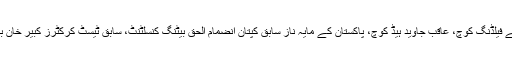
تفصیلات کے مطابق عتیق زمان پی ایس ایل کے تیسرے ایڈیشن میں لاہور قلندرز کے فیلڈنگ کوچ، عاقب جاوید ہیڈ کوچ، پاکستان کے مایہ ناز سابق کپتان انضمام الحق بیٹنگ کنسلٹنٹ، سابق ٹیسٹ کرکٹرز کبیر خان باﺅلنگ کوچ اور نیوزی لینڈ کے کائل ملز ٹیم کے ٹیکنیکل اور ٹیکٹیکل ایڈوائزر تھے۔